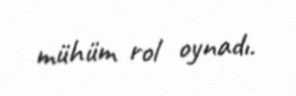
mühüm rol oynadı.